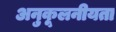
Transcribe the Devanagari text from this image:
अनुकूलनीयता